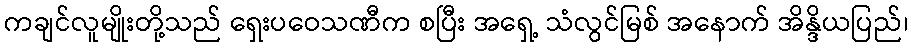
ကချင်လူမျိုးတို့သည် ရှေးပဝေသဏီက စပြီး အရှေ့ သံလွင်မြစ် အနောက် အိန္ဒိယပြည်၊